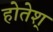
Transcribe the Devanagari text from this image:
होतेश्